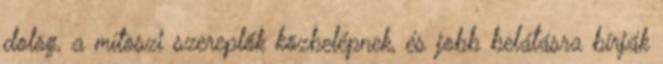
dolog, a mítoszi szereplők közbelépnek, és jobb belátásra bírják